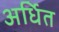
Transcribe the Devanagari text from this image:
अर्धित